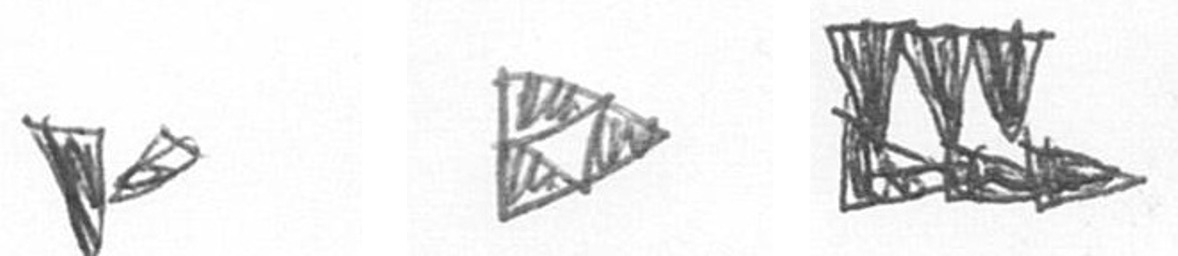
F K D